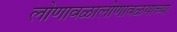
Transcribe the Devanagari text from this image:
लोणावळालोणावळयाच्या